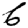
Digit: 6